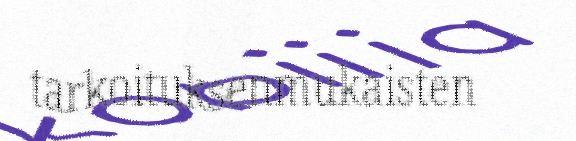
tarkoituksenmukaisten